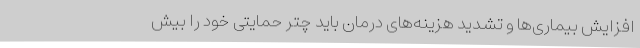
افزایش بیماری‌ها و تشدید هزینه‌های درمان باید چتر حمایتی خود را بیش